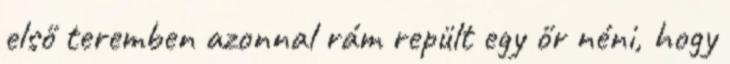
első teremben azonnal rám repült egy őr néni, hogy